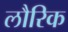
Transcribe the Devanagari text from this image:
लौरिक